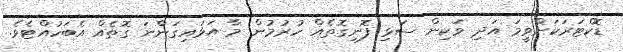
ޑޮކްޓަރަކަށްވީމަ އަދި ވަކިން ސަޅި ފޮނިގޮތެއް ހުރުމުން މާ އަޅައިގަންނަ ގޮތެއް އެބަހުއްޓެވެ.